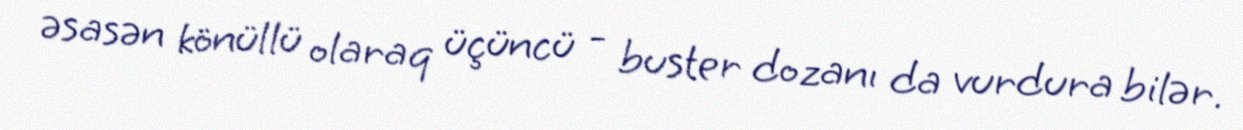
əsasən könüllü olaraq üçüncü - buster dozanı da vurdura bilər.